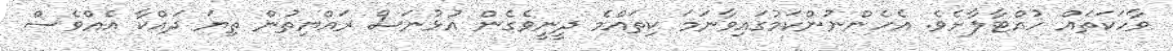
ވާހަކަތައް ހުއްޓާލާށެވެ. އެހެންނުންކަމުގައިވާނަމަ ކިތައްމެ ދީނީވެގެން އުޅުނަސް ރައްޔިތުން ތިޔަ ދައްކާ އެއްވެސް